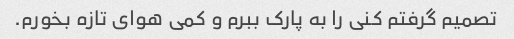
تصمیم گرفتم کنی را به پارک ببرم و کمی هوای تازه بخورم.